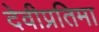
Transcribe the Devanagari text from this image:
देवीप्रतिमा